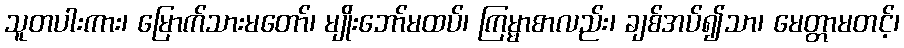
သူတပါးကား၊ မြောက်သားမတော်၊ မျိုးဘော်မထပ်၊ ကြမ္မာစာလည်း၊ ချစ်အပ်၍သာ၊ မေတ္တာမတင့်၊